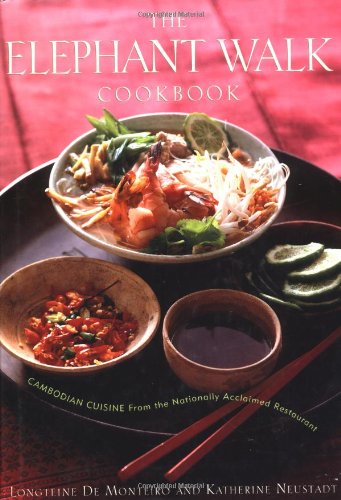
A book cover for The Elephant Walk Cookbook: The Exciting World of Cambodian Cuisine from the Nationally Acclaimed Restaurant; Longteine de Monteiro; Cookbooks, Food & Wine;